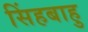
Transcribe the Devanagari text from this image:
सिंहबाहु